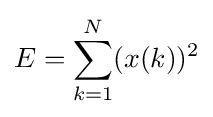
E=\sum _{k=1}^{N}(x(k))^{2}